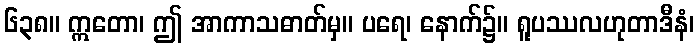
၆၃၈။ ဣတော၊ ဤ အာကာသဓာတ်မှ။ ပရေ၊ နောက်၌။ ရူပဿလဟုတာဒီနံ၊